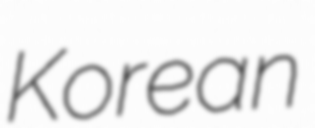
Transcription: Korean